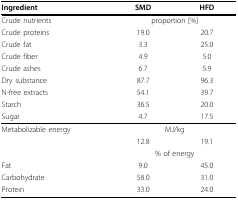
| Ingredient | SMD | HFD |
 | --- | --- | --- |
 | Crude nutrients | <COLSPAN=2> proportion [%] |
 | Crude proteins | 19.0 | 20.7 |
 | Crude fat | 3.3 | 25.0 |
 | Crude fiber | 4.9 | 5.0 |
 | Crude ashes | 6.7 | 5.9 |
 | Dry substance | 87.7 | 96.3 |
 | N-free extracts | 54.1 | 39.7 |
 | Starch | 36.5 | 20.0 |
 | Sugar | 4.7 | 17.5 |
 | Metabolizable energy | <COLSPAN=2> MJ/kg |
 |  | 12.8 | 19.1 |
 |  | <COLSPAN=2> % of energy |
 | Fat | 9.0 | 45.0 |
 | Carbohydrate | 58.0 | 31.0 |
 | Protein | 33.0 | 24.0 |